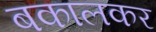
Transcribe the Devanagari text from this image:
बकालकर